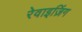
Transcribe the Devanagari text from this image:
रेवाइज़िंग